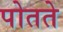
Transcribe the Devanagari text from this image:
पोतते